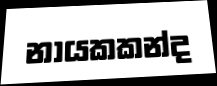
නායකකන්ද